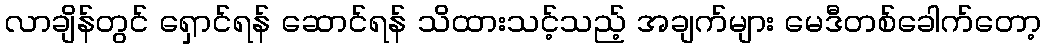
လာချိန်တွင် ရှောင်ရန် ဆောင်ရန် သိထားသင့်သည့် အချက်များ မေဒီတစ်ခေါက်တော့